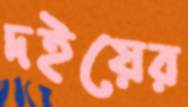
দইয়ের